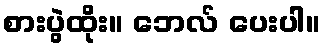
စားပွဲထိုး။ ဘေလ် ပေးပါ။